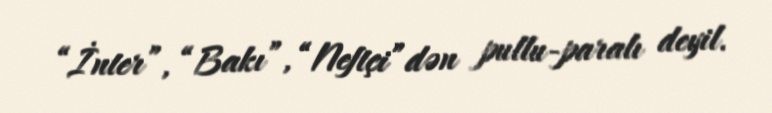
“İnter”, “Bakı”, “Neftçi”dən pullu-paralı deyil.